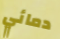
دمائي